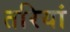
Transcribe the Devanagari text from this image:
तरियां